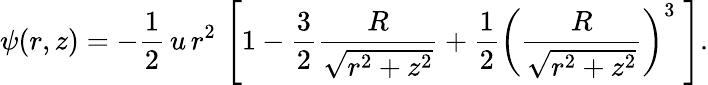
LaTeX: \psi(r,z)=-{\frac{1}{2}}\, u\, r^{2}\, \left[1-{\frac{3}{2}}{\frac{R}{\sqrt{r^{2}+z^{2}}}}+{\frac{1}{2}}\left({\frac{R}{\sqrt{r^{2}+z^{2}}}}\right)^{3}\; \right].